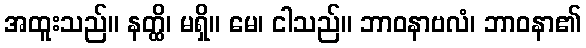
အထူးသည်။ နတ္ထိ၊ မရှိ။ မေ၊ ငါသည်။ ဘာဝနာဗလံ၊ ဘာဝနာ၏